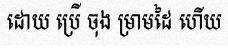
ដោយ ប្រើ ចុង ម្រាមដៃ ហើយ